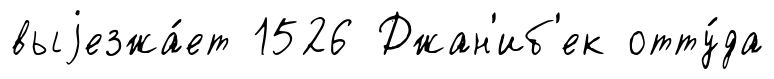
выjезжа́ет 1526 Джан'иб'ек отту́да